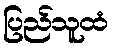
ပြည်သူထံ